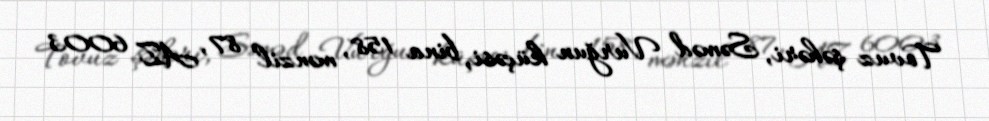
Tovuz şəhəri, Səməd Vurğun küçəsi, bina 158, mənzil 87, AZ 6003